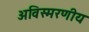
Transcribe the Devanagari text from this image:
अविस्‍मरणीय